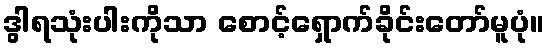
ဒွါရသုံးပါးကိုသာ စောင့်ရှောက်ခိုင်းတော်မူပုံ။